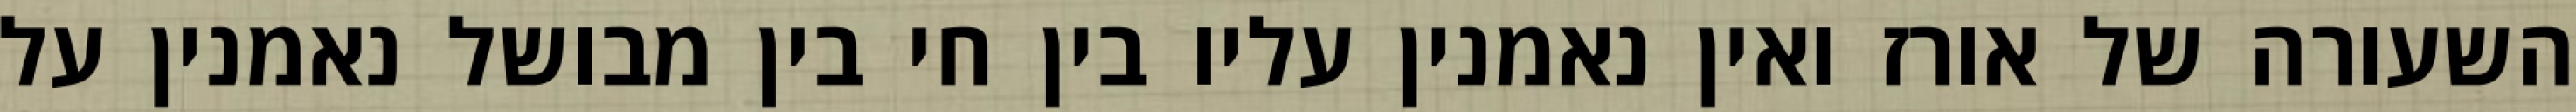
השעורה של אורז ואין נאמנין עליו בין חי בין מבושל נאמנין על